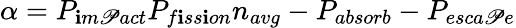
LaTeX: \alpha=P_{\mathbf{i}m\mathscr{P}act}P_{f\mathbf{i}ss\mathbf{i}on}n_{avg}-P_{absorb}-P_{esca\mathscr{P}e}